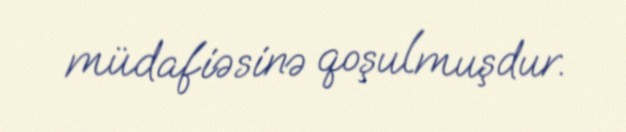
müdafiəsinə qoşulmuşdur.